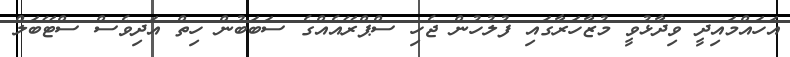
އަހައްމައިދީ ވިދާޅުވީ މުޒާހަރާގައި ފުލުހުން ޖެހި ސްޕްރޭއެއްގެ ސަބަބުން ހިތް އަދިވެސް ސްޓޭބަލް